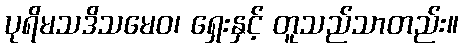
ပုရိမသဒိသမေဝ၊ ရှေးနှင့် တူသည်သာတည်း။